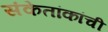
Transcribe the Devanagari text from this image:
संकेतांकांची